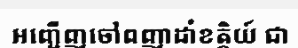
អញ្ជើញចៅពញាដាំខត្តិយ៍ ជា